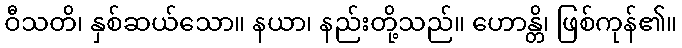
ဝီသတိ၊ နှစ်ဆယ်သော။ နယာ၊ နည်းတို့သည်။ ဟောန္တိ၊ ဖြစ်ကုန်၏။